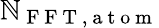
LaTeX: \mathbb{N}_{\mathrm{{~F~F~T~,~a~t~o~m~}}}